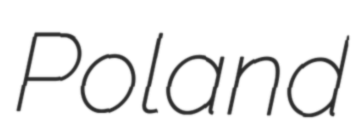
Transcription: Poland